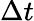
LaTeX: \Delta t